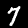
Label: 7